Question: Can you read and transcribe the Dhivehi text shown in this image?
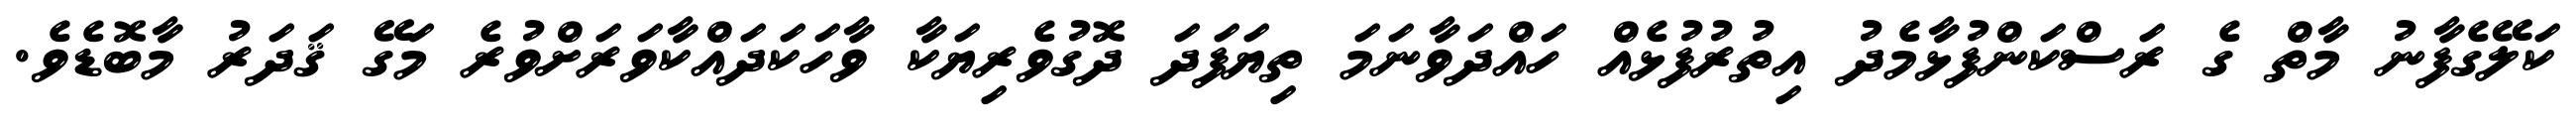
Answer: ކަލޭގެފާނު މާތް ގެ ރަސްކަންފުޅާމެދު އިތުރުފުޅެއް ހައްދަވާނަމަ ތިޔަފަދަ ދޮގުވެރިޔަކާ ވާހަކަދައްކާވަރަށްވުރެ މަގޭ ޤަދަރު މާބޮޑެވެ.